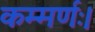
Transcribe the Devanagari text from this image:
कम्मर्णः।